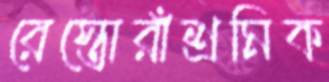
রেস্তোরাঁশ্রমিক